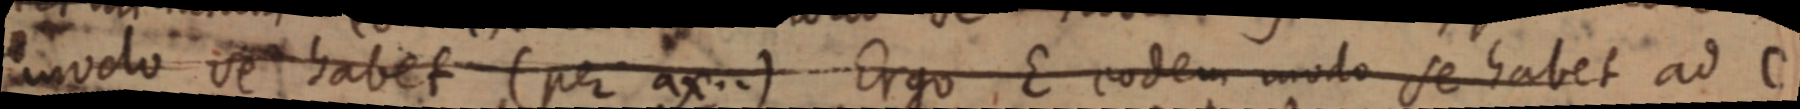
modo se habet (per ax..) Ergo E eodem modo se habet ad C